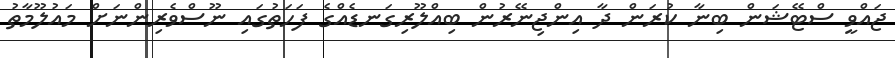
ޖައްވީ ސްޓޭޝަން ބިނާ ކުރަން ދާ އިންޖިނޭރުން ބިއްލޫރިގަނޑެއްގެ ފަހަތުގައި ނޫސްވެރިންނަށް މައުލޫމާތު